Vaccine operations Central Provinces & Berar 1922-1929 - 1922-1929
Year: 1922
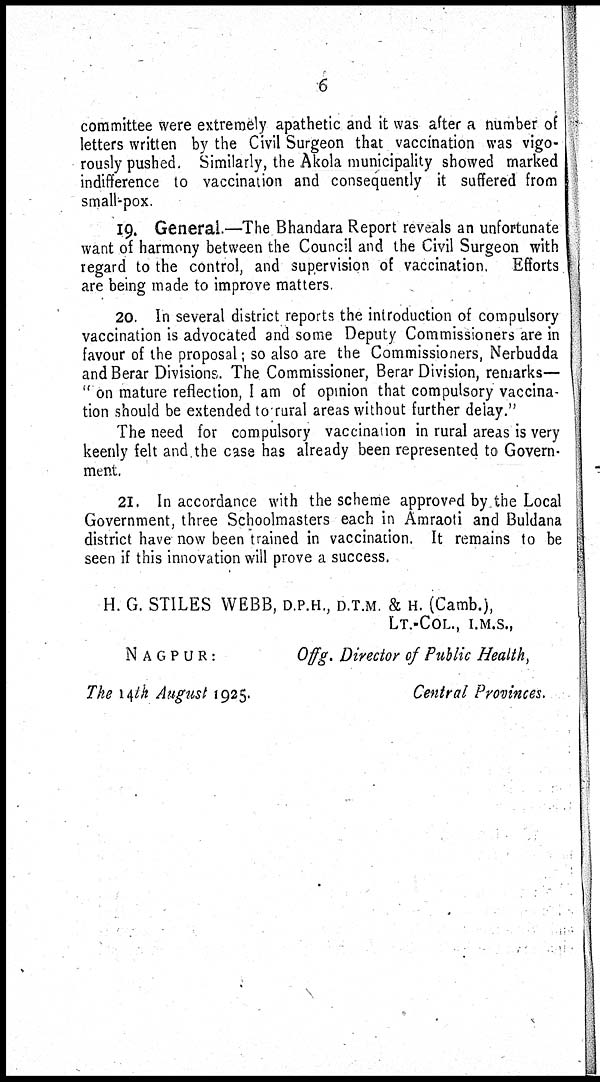
6
committee were extremely apathetic and it was after a number of
letters written by the Civil Surgeon that vaccination was vigo-
rously pushed. Similarly, the Akola municipality showed marked
indifference to vaccination and consequently it suffered from
small-pox.
19. General.—The Bhandara Report reveals an unfortunate
want of harmony between the Council and the Civil Surgeon with
regard to the control, and supervision of vaccination.
Efforts
are being made to improve matters.
20. In several district reports the introduction of compulsory
vaccination is advocated and some Deputy Commissioners are in
favour of the proposal; so also are the Commissioners, Nerbudda
and Berar Divisions. The Commissioner, Berar Division, remarks—
" on mature reflection, I am of opinion that compulsory vaccina-
tion should be extended to rural areas without further delay."
The need for compulsory vaccination in rural areas is very
keenly felt and the case has already been represented to Govern-
ment.
21. In accordance with the scheme approved by the Local
Government, three Schoolmasters each in Amraoti and Buldana
district have now been trained in vaccination. It remains to be
seen if this innovation will prove a success.
H. G. STILES WEBB, D.P.H., D.T.M. & H. (Camb.),
LT.-COL., I.M.S.,
NAGPUR:
The 14th August 1925.
Offg. Director of Public Health,
Central Provinces.